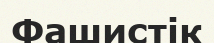
Фашистік